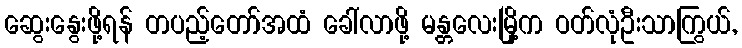
ဆွေးနွေးဖို့ရန် တပည့်တော်အထံ ခေါ်လာဖို့ မန္တလေးမြို့က ဝတ်လုံဦးသာကြွယ်,